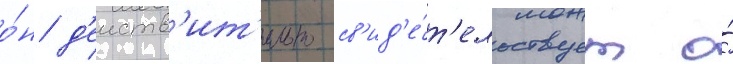
о́н д'еиств'ит'ельно св'ид'е́т'ельствует о́